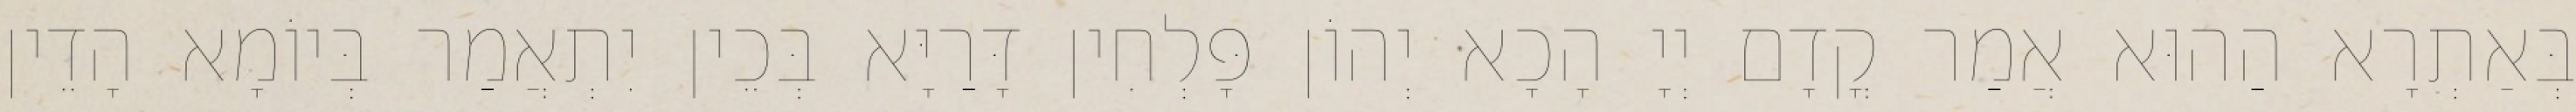
בְּאַתְרָא הַהוּא אֲמַר קֳדָם יְיָ הָכָא יְהוֹן פָּלְחִין דָּרַיָּא בְּכֵין יִתְאֲמַר בְּיוֹמָא הָדֵין